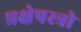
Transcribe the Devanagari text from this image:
प्रक्षेपस्त्रो